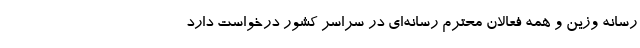
رسانه وزین و همه فعالان محترم رسانه‌ای در سراسر کشور درخواست دارد